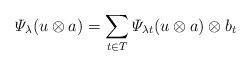
LaTeX: \begin{align*}\varPsi_{\lambda}(u\otimes a) = \sum_{t\in T}\varPsi_{\lambda t}(u\otimes a)\otimes b_t\end{align*}